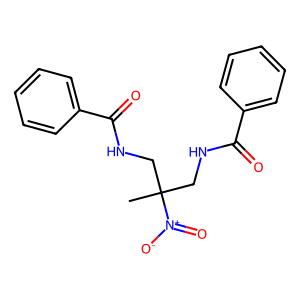
SMILES: CC(CNC(=O)c1ccccc1)(CNC(=O)c1ccccc1)[N+](=O)[O-]
Inhibits HIV replication: No